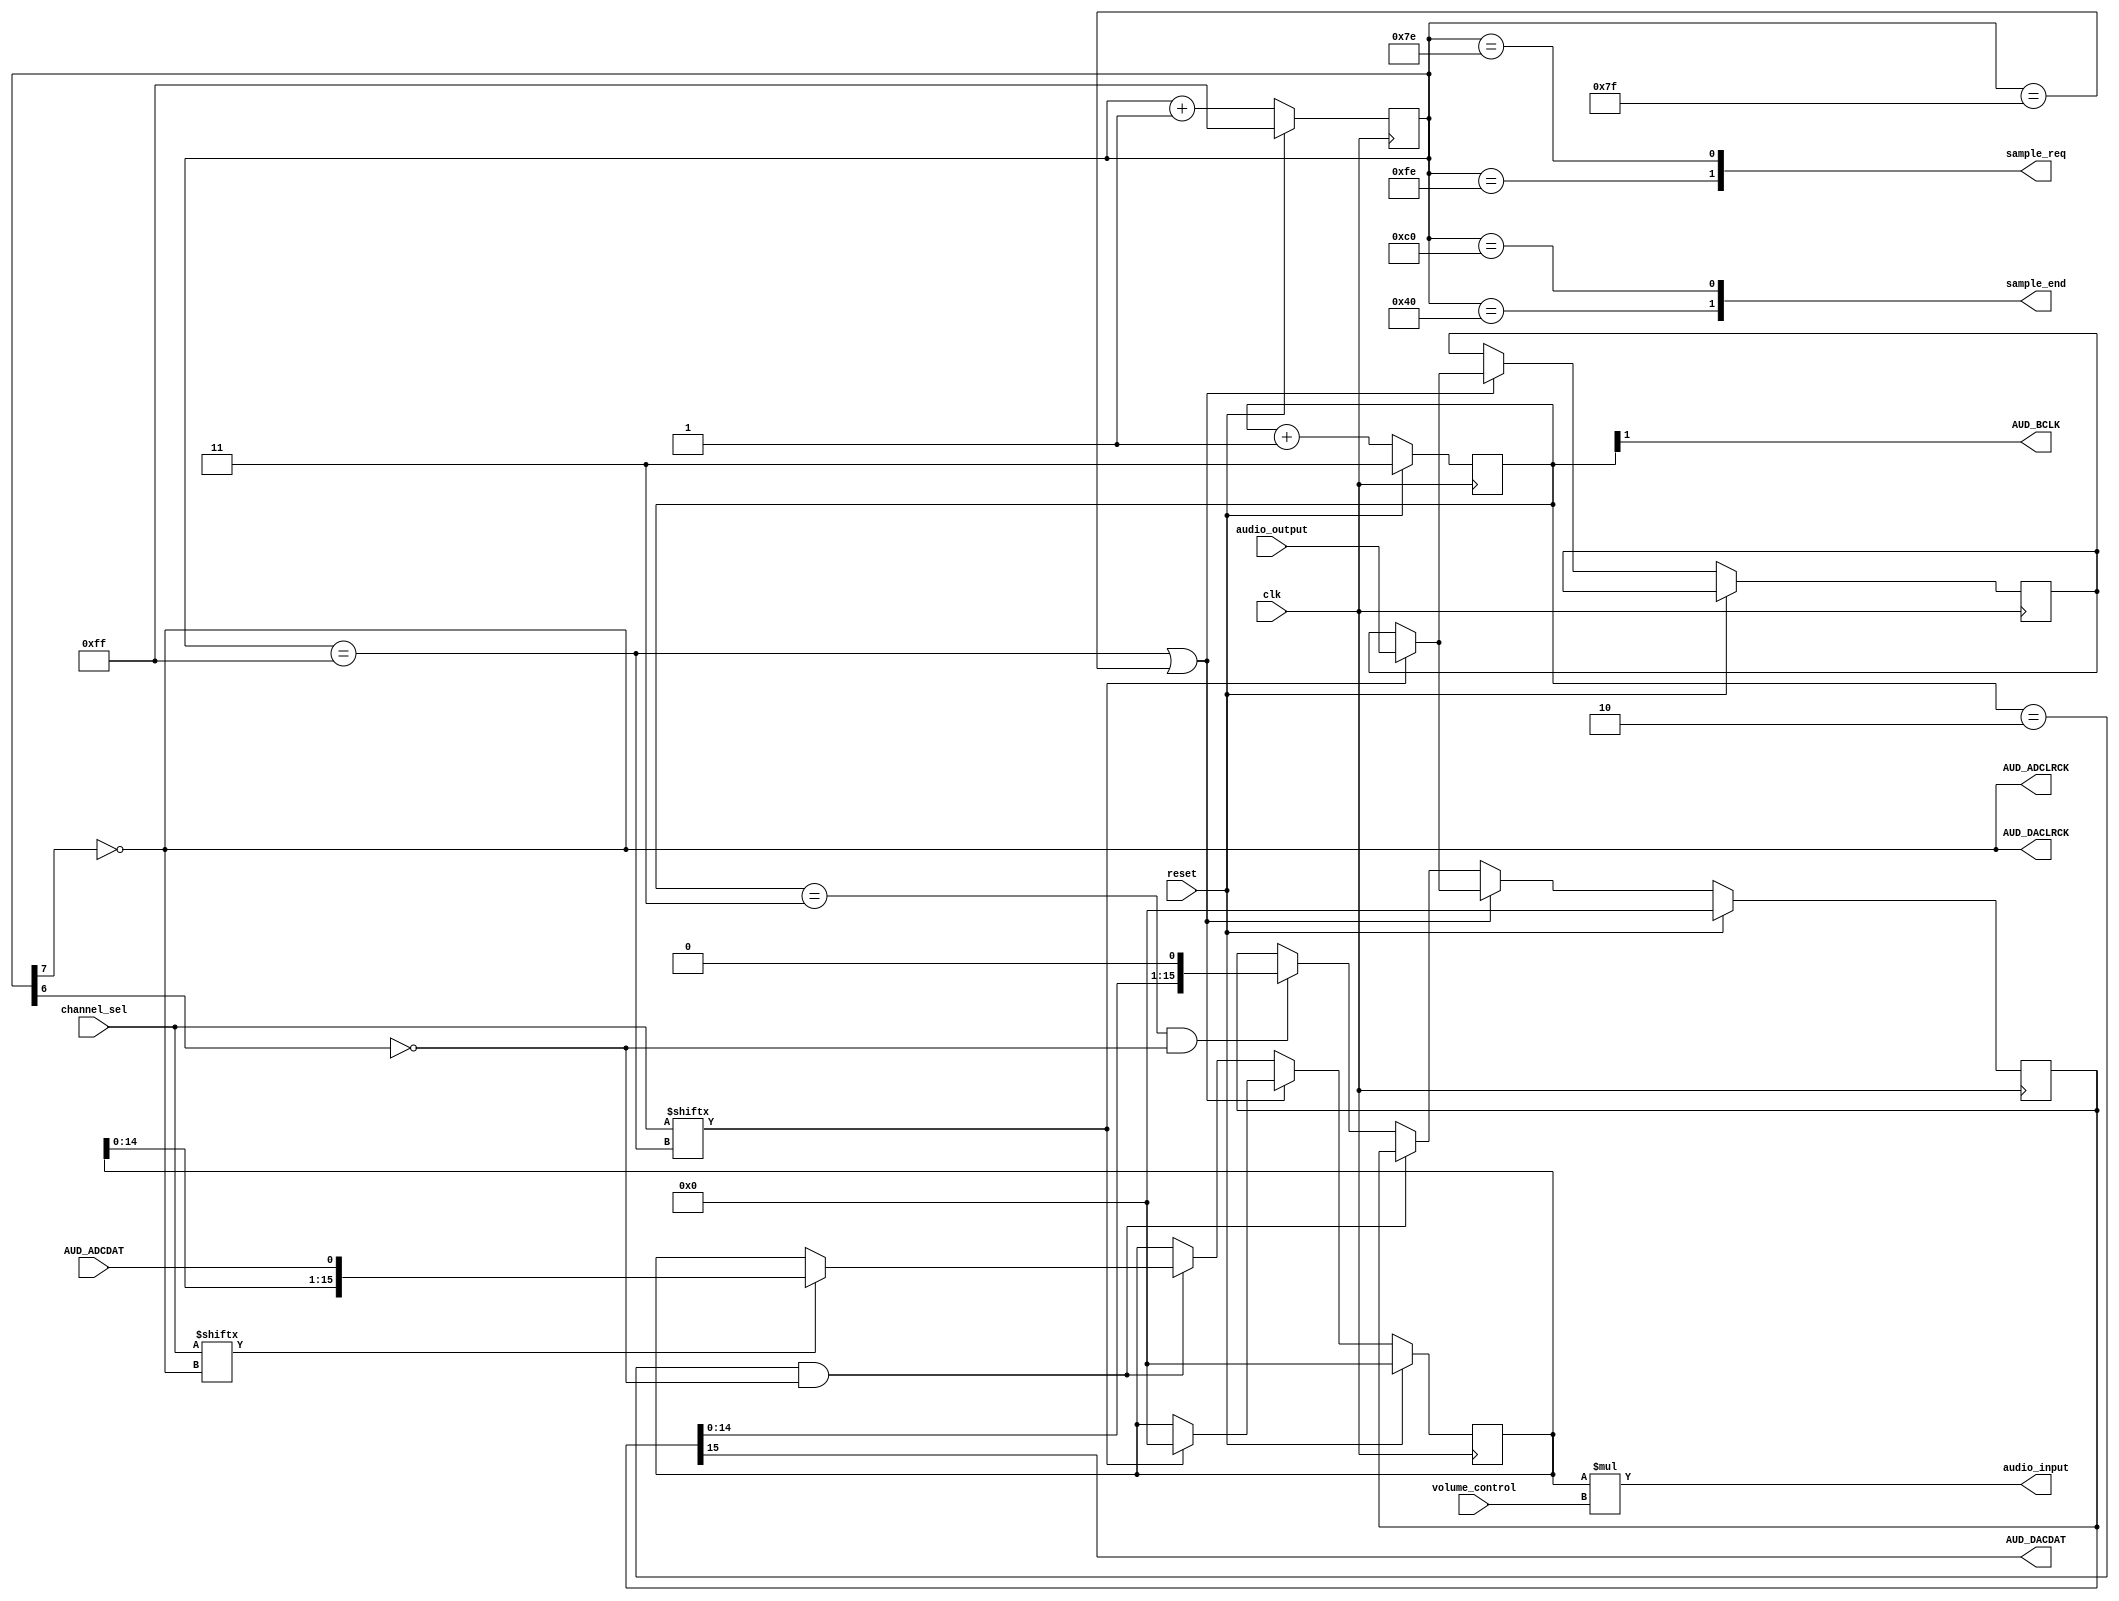
// This program was cloned from: https://github.com/TripleJ160/FPGA-Audio-Recorder
// License: MIT License

module audio_codec (
    input  clk,
    input  reset,
	 input [1:0] volume_control,
    output [1:0]  sample_end,
    output [1:0]  sample_req,
    input  [15:0] audio_output,
    output [15:0] audio_input,
    // 1 - left, 0 - right
    input  [1:0] channel_sel,

    output AUD_ADCLRCK,
    input AUD_ADCDAT,
    output AUD_DACLRCK,
    output AUD_DACDAT,
    output AUD_BCLK
);

reg [7:0] lrck_divider;
reg [1:0] bclk_divider;

reg [15:0] shift_out;
reg [15:0] shift_temp;
reg [15:0] shift_in;

wire lrck = !lrck_divider[7];

assign AUD_ADCLRCK = lrck;
assign AUD_DACLRCK = lrck;
assign AUD_BCLK = bclk_divider[1];
assign AUD_DACDAT = shift_out[15];

always @(posedge clk) begin
    if (reset) begin
        lrck_divider <= 8'hff;
        bclk_divider <= 2'b11;
    end else begin
        lrck_divider <= lrck_divider + 1'b1;
        bclk_divider <= bclk_divider + 1'b1;
    end
end

assign sample_end[1] = (lrck_divider == 8'h40);
assign sample_end[0] = (lrck_divider == 8'hc0);
assign audio_input = shift_in * volume_control; //Increase audio here
assign sample_req[1] = (lrck_divider == 8'hfe);
assign sample_req[0] = (lrck_divider == 8'h7e);

wire clr_lrck = (lrck_divider == 8'h7f);
wire set_lrck = (lrck_divider == 8'hff);
// high right after bclk is set
wire set_bclk = (bclk_divider == 2'b10 && !lrck_divider[6]);
// high right before bclk is cleared
wire clr_bclk = (bclk_divider == 2'b11 && !lrck_divider[6]);

always @(posedge clk) begin
    if (reset) begin
        shift_out <= 16'h0;
        shift_in <= 16'h0;
        shift_in <= 16'h0;
    end else if (set_lrck || clr_lrck) begin
        // check if current channel is selected
        if (channel_sel[set_lrck]) begin
            shift_out <= audio_output;
            shift_temp <= audio_output;
            shift_in <= 16'h0;
        // repeat the sample from the other channel if not
        end else shift_out <= shift_temp;
    end else if (set_bclk == 1) begin
        // only read in if channel is selected
        if (channel_sel[lrck])
            shift_in <= {shift_in[14:0], AUD_ADCDAT};
    end else if (clr_bclk == 1) begin
        shift_out <= {shift_out[14:0], 1'b0};
    end
end

endmodule